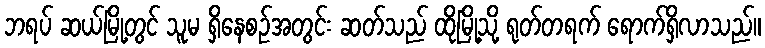
ဘရပ် ဆယ်မြို့တွင် သူမ ရှိနေစဉ်အတွင်း ဆတ်သည် ထိုမြို့သို့ ရုတ်တရက် ရောက်ရှိလာသည်။